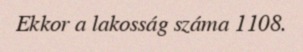
Ekkor a lakosság száma 1108.